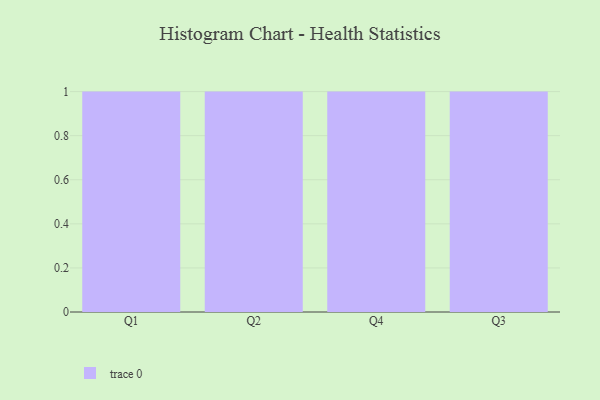
{"axis": {"x": "Quarter", "y": "Waste Production (Tons)"}, "legend": [""], "data": [{"x": "Q1", "y": 57, "type": ""}, {"x": "Q2", "y": 70, "type": ""}, {"x": "Q4", "y": 75, "type": ""}, {"x": "Q3", "y": 43, "type": ""}]}